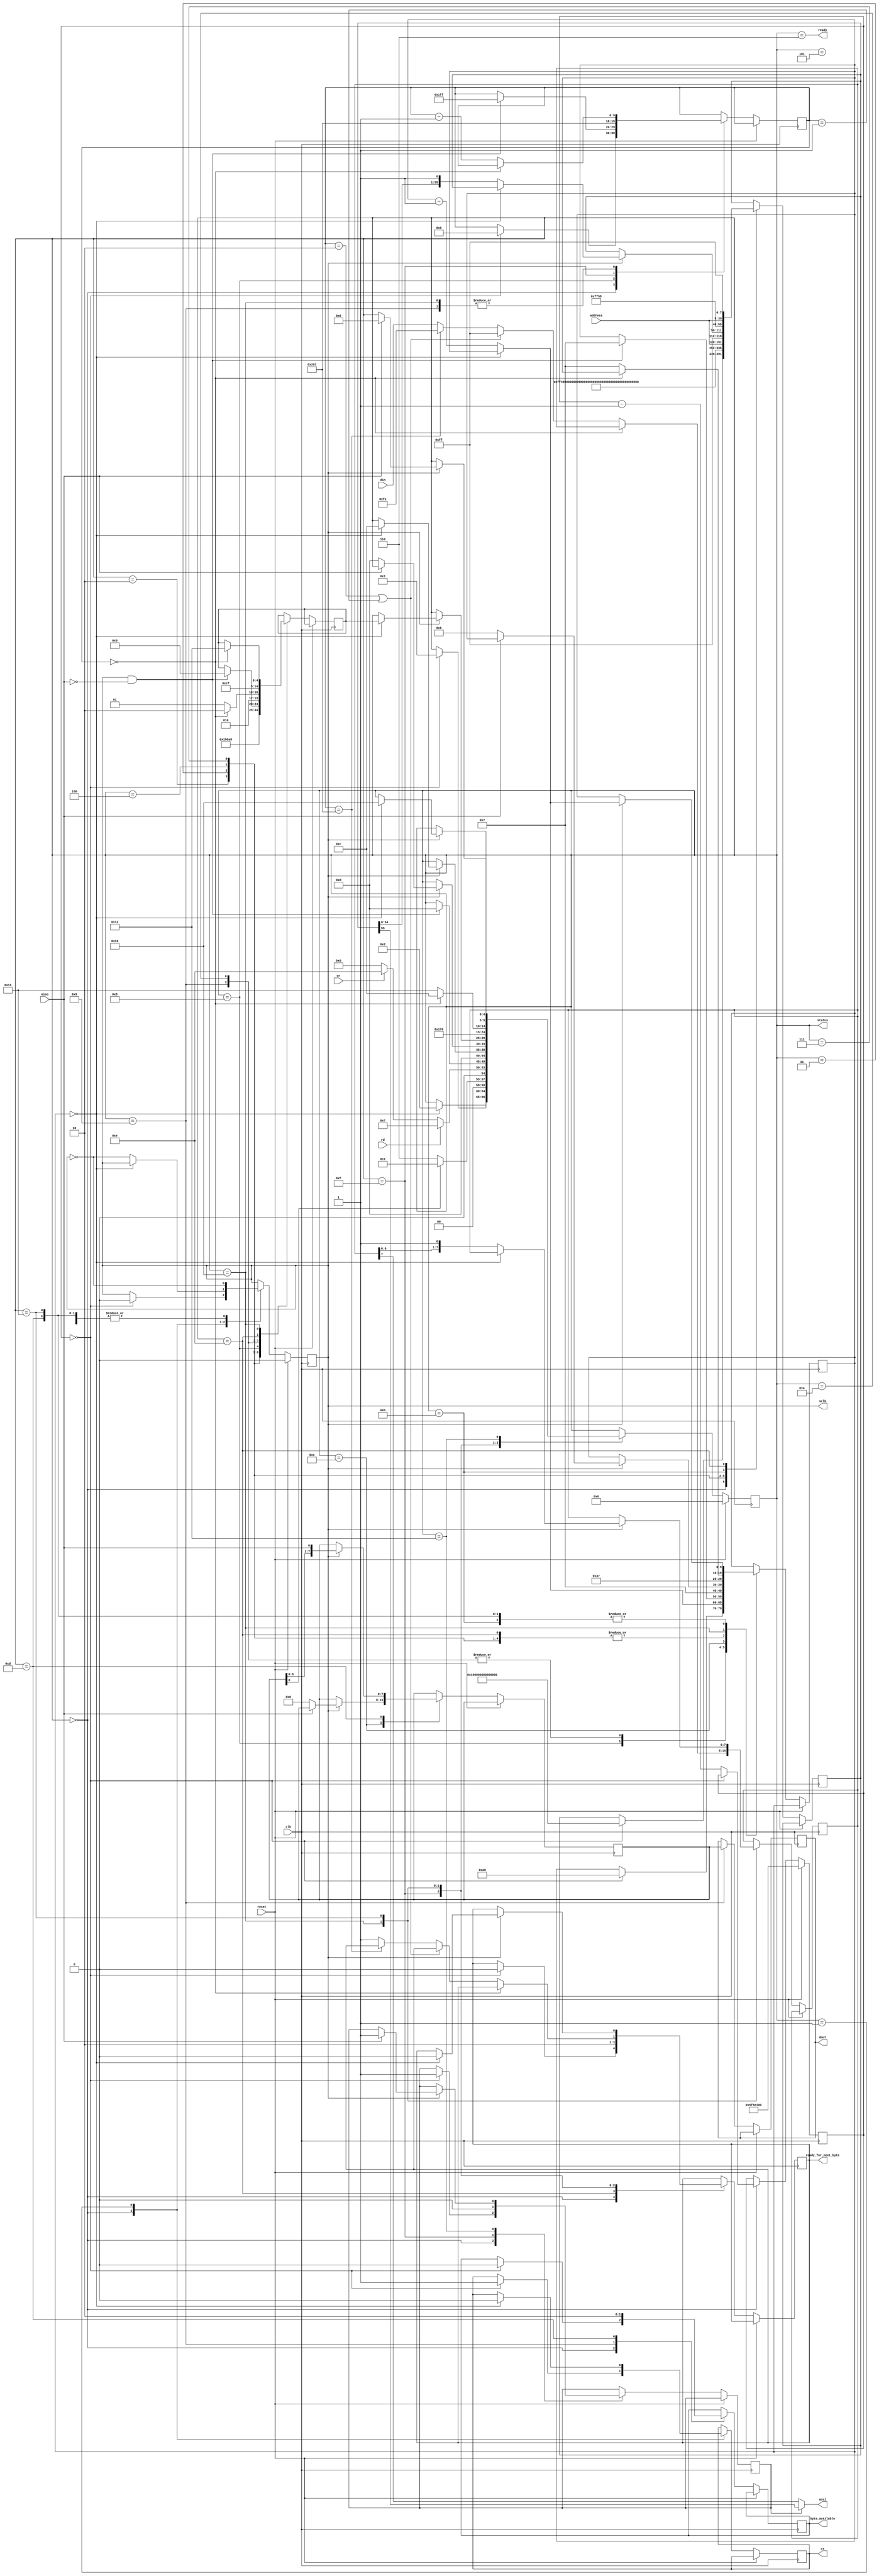
/* SD Card controller module. Allows reading from and writing to a microSD card
through SPI mode. */
//Provided on 6.111 website

`timescale 1ns / 1ps
`default_nettype none

module sd_controller(
    output reg cs, // Connect to SD_DAT[3].
    output wire mosi, // Connect to SD_CMD.
    input wire miso, // Connect to SD_DAT[0].
    output wire sclk, // Connect to SD_SCK.
                // For SPI mode, SD_DAT[2] and SD_DAT[1] should be held HIGH. 
                // SD_RESET should be held LOW.

    input wire rd,   // Read-enable. When [ready] is HIGH, asseting [rd] will 
                // begin a 512-byte READ operation at [address]. 
                // [byte_available] will transition HIGH as a new byte has been
                // read from the SD card. The byte is presented on [dout].
    output reg [7:0] dout, // Data output for READ operation.
    output reg byte_available, // A new byte has been presented on [dout].

    input wire wr,   // Write-enable. When [ready] is HIGH, asserting [wr] will
                // begin a 512-byte WRITE operation at [address].
                // [ready_for_next_byte] will transition HIGH to request that
                // the next byte to be written should be presentaed on [din].
    input wire [7:0] din, // Data input for WRITE operation.
    output reg ready_for_next_byte, // A new byte should be presented on [din].

    input wire reset, // Resets controller on assertion.
    output wire ready, // HIGH if the SD card is ready for a read or write operation.
    input wire [31:0] address,   // Memory address for read/write operation. This MUST 
                            // be a multiple of 512 bytes, due to SD sectoring.
    input wire clk,  // 25 MHz clock.
    output wire [4:0] status // For debug purposes: Current state of controller.
);

    parameter RST = 0;
    parameter INIT = 1;
    parameter CMD0 = 2;
    parameter CMD55 = 3;
    parameter CMD41 = 4;
    parameter POLL_CMD = 5;
    
    parameter IDLE = 6;
    parameter READ_BLOCK = 7;
    parameter READ_BLOCK_WAIT = 8;
    parameter READ_BLOCK_DATA = 9;
    parameter READ_BLOCK_CRC = 10;
    parameter SEND_CMD = 11;
    parameter RECEIVE_BYTE_WAIT = 12;
    parameter RECEIVE_BYTE = 13;
    parameter WRITE_BLOCK_CMD = 14;
    parameter WRITE_BLOCK_INIT = 15;
    parameter WRITE_BLOCK_DATA = 16;
    parameter WRITE_BLOCK_BYTE = 17;
    parameter WRITE_BLOCK_WAIT = 18;
    
    parameter WRITE_DATA_SIZE = 515;
    
    reg [4:0] state = RST;
    assign status = state;
    reg [4:0] return_state;
    reg sclk_sig = 0;
    reg [55:0] cmd_out;
    reg [7:0] recv_data;
    reg cmd_mode = 1;
    reg [7:0] data_sig = 8'hFF;
    
    reg [9:0] byte_counter;
    reg [9:0] bit_counter;
    
    reg [26:0] boot_counter = 27'd100_000_000;
    always @(posedge clk) begin
        if(reset == 1) begin
            state <= RST;
            sclk_sig <= 0;
            boot_counter <= 27'd100_000_000;
        end
        else begin
            case(state)
                RST: begin
                    if(boot_counter == 0) begin
                        sclk_sig <= 0;
                        cmd_out <= {56{1'b1}};
                        byte_counter <= 0;
                        byte_available <= 0;
                        ready_for_next_byte <= 0;
                        cmd_mode <= 1;
                        bit_counter <= 160;
                        cs <= 1;
                        state <= INIT;
                    end
                    else begin
                        boot_counter <= boot_counter - 1;
                    end
                end
                INIT: begin
                    if(bit_counter == 0) begin
                        cs <= 0;
                        state <= CMD0;
                    end
                    else begin
                        bit_counter <= bit_counter - 1;
                        sclk_sig <= ~sclk_sig;
                    end
                end
                CMD0: begin
                    cmd_out <= 56'hFF_40_00_00_00_00_95;
                    bit_counter <= 55;
                    return_state <= CMD55;
                    state <= SEND_CMD;
                end
                CMD55: begin
                    cmd_out <= 56'hFF_77_00_00_00_00_01;
                    bit_counter <= 55;
                    return_state <= CMD41;
                    state <= SEND_CMD;
                end
                CMD41: begin
                    cmd_out <= 56'hFF_69_00_00_00_00_01;
                    bit_counter <= 55;
                    return_state <= POLL_CMD;
                    state <= SEND_CMD;
                end
                POLL_CMD: begin
                    if(recv_data[0] == 0) begin
                        state <= IDLE;
                    end
                    else begin
                        state <= CMD55;
                    end
                end
                IDLE: begin
                    if(rd == 1) begin
                        state <= READ_BLOCK;
                    end
                    else if(wr == 1) begin
                        state <= WRITE_BLOCK_CMD;
                    end
                    else begin
                        state <= IDLE;
                    end
                end
                READ_BLOCK: begin
                    cmd_out <= {16'hFF_51, address, 8'hFF};
                    bit_counter <= 55;
                    return_state <= READ_BLOCK_WAIT;
                    state <= SEND_CMD;
                end
                READ_BLOCK_WAIT: begin
                    if(sclk_sig == 1 && miso == 0) begin
                        byte_counter <= 511;
                        bit_counter <= 7;
                        return_state <= READ_BLOCK_DATA;
                        state <= RECEIVE_BYTE;
                    end
                    sclk_sig <= ~sclk_sig;
                end
                READ_BLOCK_DATA: begin
                    dout <= recv_data;
                    byte_available <= 1;
                    if (byte_counter == 0) begin
                        bit_counter <= 7;
                        return_state <= READ_BLOCK_CRC;
                        state <= RECEIVE_BYTE;
                    end
                    else begin
                        byte_counter <= byte_counter - 1;
                        return_state <= READ_BLOCK_DATA;
                        bit_counter <= 7;
                        state <= RECEIVE_BYTE;
                    end
                end
                READ_BLOCK_CRC: begin
                    bit_counter <= 7;
                    return_state <= IDLE;
                    state <= RECEIVE_BYTE;
                end
                SEND_CMD: begin
                    if (sclk_sig == 1) begin
                        if (bit_counter == 0) begin
                            state <= RECEIVE_BYTE_WAIT;
                        end
                        else begin
                            bit_counter <= bit_counter - 1;
                            cmd_out <= {cmd_out[54:0], 1'b1};
                        end
                    end
                    sclk_sig <= ~sclk_sig;
                end
                RECEIVE_BYTE_WAIT: begin
                    if (sclk_sig == 1) begin
                        if (miso == 0) begin
                            recv_data <= 0;
                            bit_counter <= 6;
                            state <= RECEIVE_BYTE;
                        end
                    end
                    sclk_sig <= ~sclk_sig;
                end
                RECEIVE_BYTE: begin
                    byte_available <= 0;
                    if (sclk_sig == 1) begin
                        recv_data <= {recv_data[6:0], miso};
                        if (bit_counter == 0) begin
                            state <= return_state;
                        end
                        else begin
                            bit_counter <= bit_counter - 1;
                        end
                    end
                    sclk_sig <= ~sclk_sig;
                end
                WRITE_BLOCK_CMD: begin
                    cmd_out <= {16'hFF_58, address, 8'hFF};
                    bit_counter <= 55;
                    return_state <= WRITE_BLOCK_INIT;
                    state <= SEND_CMD;
		    ready_for_next_byte <= 1;
                end
                WRITE_BLOCK_INIT: begin
                    cmd_mode <= 0;
                    byte_counter <= WRITE_DATA_SIZE; 
                    state <= WRITE_BLOCK_DATA;
                    ready_for_next_byte <= 0;
                end
                WRITE_BLOCK_DATA: begin
                    if (byte_counter == 0) begin
                        state <= RECEIVE_BYTE_WAIT;
                        return_state <= WRITE_BLOCK_WAIT;
                    end
                    else begin
                        if ((byte_counter == 2) || (byte_counter == 1)) begin
                            data_sig <= 8'hFF;
                        end
                        else if (byte_counter == WRITE_DATA_SIZE) begin
                            data_sig <= 8'hFE;
                        end
                        else begin
                            data_sig <= din;
                            ready_for_next_byte <= 1;
                        end
                        bit_counter <= 7;
                        state <= WRITE_BLOCK_BYTE;
                        byte_counter <= byte_counter - 1;
                    end
                end
                WRITE_BLOCK_BYTE: begin
                    if (sclk_sig == 1) begin
                        if (bit_counter == 0) begin
                            state <= WRITE_BLOCK_DATA;
                            ready_for_next_byte <= 0;
                        end
                        else begin
                            data_sig <= {data_sig[6:0], 1'b1};
                            bit_counter <= bit_counter - 1;
                        end;
                    end;
                    sclk_sig <= ~sclk_sig;
                end
                WRITE_BLOCK_WAIT: begin
                    if (sclk_sig == 1) begin
                        if (miso == 1) begin
                            state <= IDLE;
                            cmd_mode <= 1;
                        end
                    end
                    sclk_sig = ~sclk_sig;
                end
            endcase
        end
    end

    assign sclk = sclk_sig;
    assign mosi = cmd_mode ? cmd_out[55] : data_sig[7];
    assign ready = (state == IDLE);
endmodule
`default_nettype wire